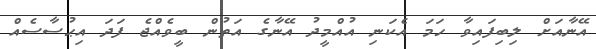
އޭނާއަށް ލިބިފައިވާ ހަމަ އެކަނި އުއްމީދު އޭނާގެ އަތުން ބީވެއްޖެ ފަދަ އިޙުސާސެއް